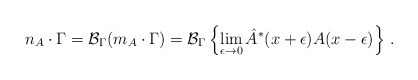
\begin{align*}n_A\cdot \Gamma ={\cal B}_\Gamma (m_A\cdot \Gamma )={\cal B}_\Gamma \left\{\lim_{\epsilon \to 0}{\hat{A}}^{*}(x+\epsilon )A(x-\epsilon )\right\} \,.\end{align*}